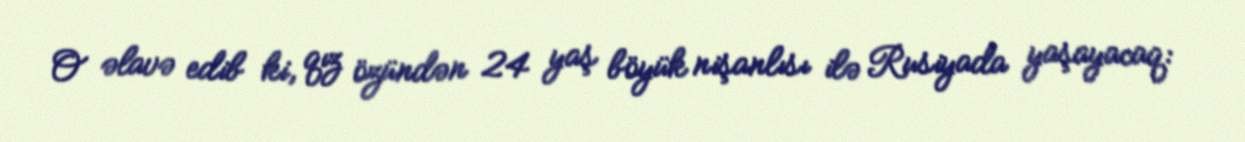
O əlavə edib ki, qız özündən 24 yaş böyük nişanlısı ilə Rusiyada yaşayacaq: